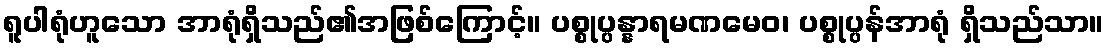
ရူပါရုံဟူသော အာရုံရှိသည်၏အဖြစ်ကြောင့်။ ပစ္စုပ္ပန္နာရမဏမေဝ၊ ပစ္စုပ္ပန်အာရုံ ရှိသည်သာ။